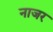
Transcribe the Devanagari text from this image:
नाजर